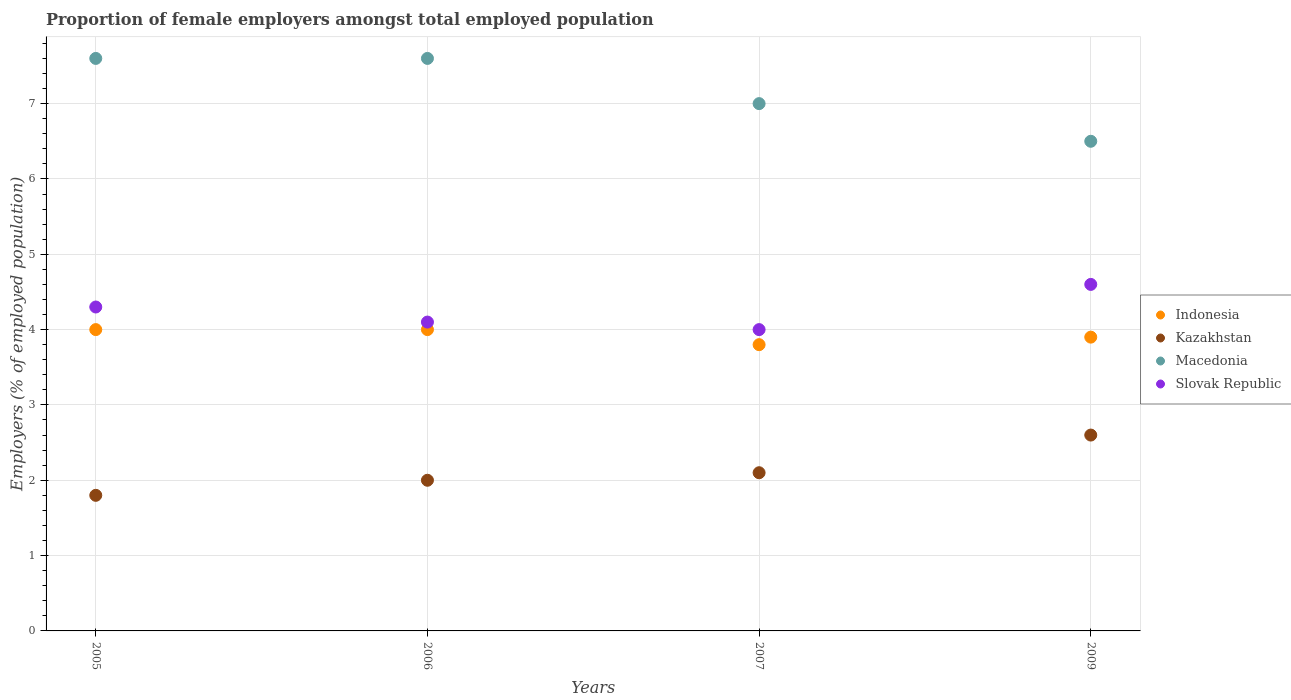
| Years | Indonesia | Kazakhstan | Macedonia | Slovak Republic |
 | --- | --- | --- | --- | --- |
 | 2005 | 4 | 1.8 | 7.6 | 4.3 |
 | 2006 | 4 | 2 | 7.6 | 4.1 |
 | 2007 | 3.8 | 2.1 | 7 | 4 |
 | 2009 | 3.9 | 2.6 | 6.5 | 4.6 |